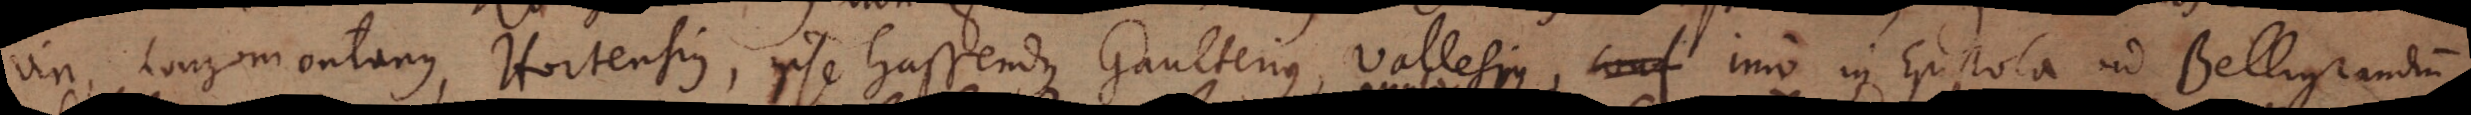
viri, Longomontanus, Hortensius, ipse Gassendus, Gaulterius, Vallesius, imo in Epistola ad Belligrandium